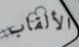
الألقاب